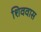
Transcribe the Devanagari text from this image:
शिववास